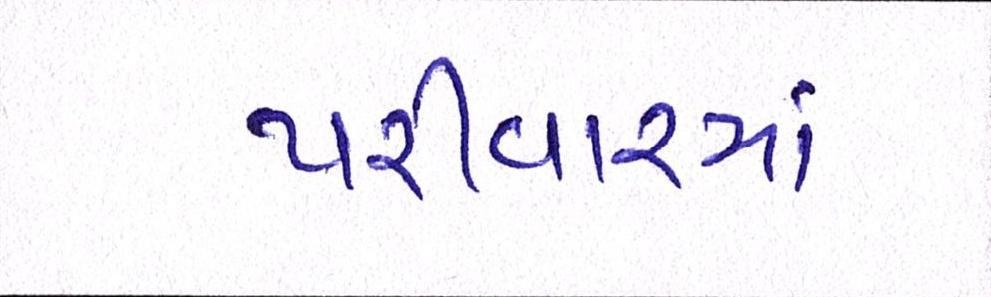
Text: પરીવારમાં